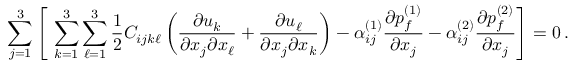
\sum _ { j = 1 } ^ { 3 } \left[ \, \, \sum _ { k = 1 } ^ { 3 } \sum _ { \ell = 1 } ^ { 3 } \frac { 1 } { 2 } C _ { i j k \ell } \left( \frac { \partial u _ { k } } { \partial { x _ { j } } \partial { x _ { \ell } } } + \frac { \partial u _ { \ell } } { \partial { x _ { j } } \partial { x _ { k } } } \right) - \alpha _ { i j } ^ { ( 1 ) } \frac { \partial { p _ { f } ^ { ( 1 ) } } } { \partial { x _ { j } } } - \alpha _ { i j } ^ { ( 2 ) } \frac { \partial { p _ { f } ^ { ( 2 ) } } } { \partial { x _ { j } } } \right] = 0 \, .